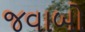
જવાબો